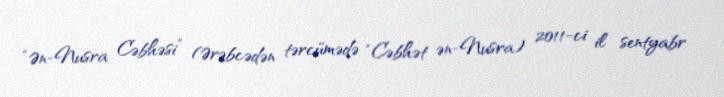
“Ən-Nusra Cəbhəsi” (Ərəbcədən tərcümədə “Cəbhət ən-Nusra) 2011-ci il sentyabr